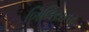
બિલિયનર